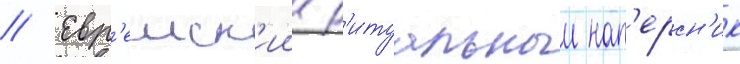
// Евр'еиск'ии р'итуальныи нап'ерсн'ик